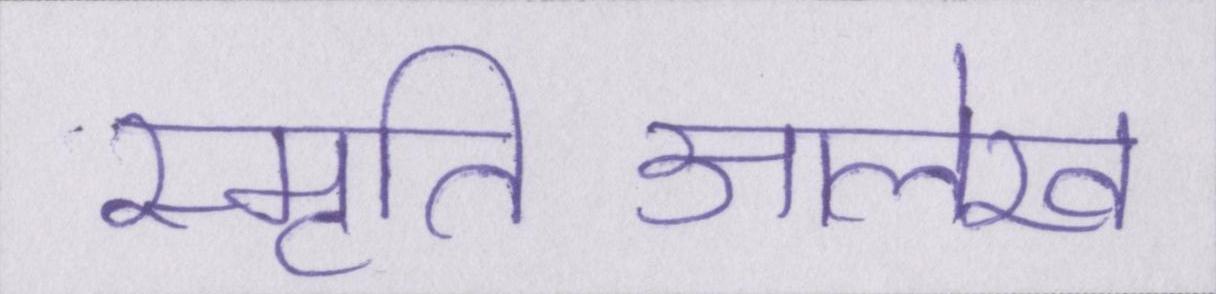
स्मृतिआलेख